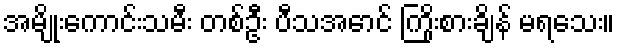
အမျိုးကောင်းသမီး တစ်ဦး ပီသအောင် ကြိုးစားချိန် မရသေး။